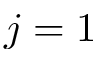
j = 1